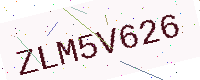
Text: ZLM5V626